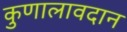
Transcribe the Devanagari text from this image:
कुणालावदान